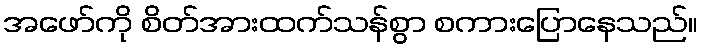
အဖော်ကို စိတ်အားထက်သန်စွာ စကားပြောနေသည်။